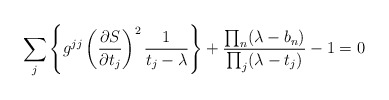
\begin{align*}\sum_j \left\{g^{jj}\left({\partial S\over\partial t_j}\right)^2{1\over t_j-\lambda}\right\}+{\prod_n(\lambda-b_n)\over \prod_j(\lambda-t_j)} - 1 =0\end{align*}